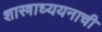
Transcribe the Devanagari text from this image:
शास्त्राध्ययनाची